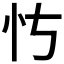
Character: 𪫝